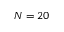
N = 2 0